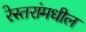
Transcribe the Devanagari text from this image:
रेस्तरांमधील